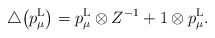
\begin{gather*}\bigtriangleup\big(p^{\rm L}_\mu\big)=p^{\rm L}_\mu\otimes Z^{-1}+1\otimes p^{\rm L}_\mu.\end{gather*}